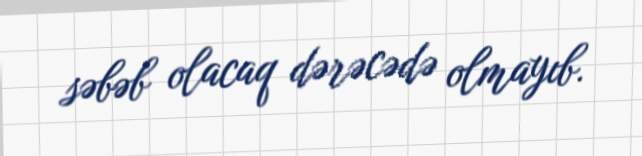
səbəb olacaq dərəcədə olmayıb.